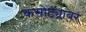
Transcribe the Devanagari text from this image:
कसोट्यावर